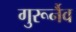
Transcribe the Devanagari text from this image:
गुरूर्नैव